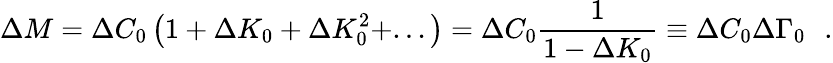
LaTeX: \Delta M=\Delta C_{0}\left(1+\Delta K_{0}+\Delta K_{0}^{2}+...\right)=\Delta C_{0}\frac{1}{1-\Delta K_{0}}\equiv\Delta C_{0}\Delta\Gamma_{0}\: \: \: .